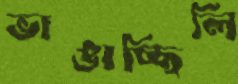
ভাঙাচ্ছিলি